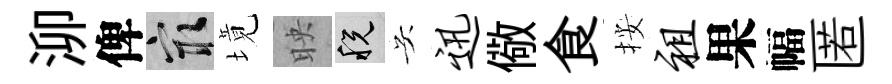
泖俾冣境映税吴迅儆食按祖果幅匿